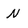
Character: N